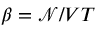
\beta = \mathcal { N } / V T